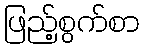
ဖြည့်စွက်စာ